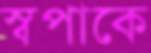
স্বপাকে